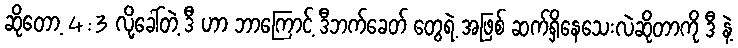
ဆိုတော့ 4:3 လို့ခေါ်တဲ့ ဒီ ဟာ ဘာကြောင့် ဒီဘက်ခေတ် တွေရဲ့ အဖြစ် ဆက်ရှိနေသေးလဲဆိုတာကို ဒီ နဲ့